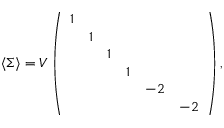
\langle \Sigma \rangle = V \left( \begin{array} { c c c c c c } { { 1 } } & { { } } & { { } } & { { } } & { { } } & { { } } \\ { { } } & { { 1 } } & { { } } & { { } } & { { } } & { { } } \\ { { } } & { { } } & { { 1 } } & { { } } & { { } } & { { } } \\ { { } } & { { } } & { { } } & { { 1 } } & { { } } & { { } } \\ { { } } & { { } } & { { } } & { { } } & { { - 2 } } & { { } } \\ { { } } & { { } } & { { } } & { { } } & { { } } & { { - 2 } } \end{array} \right) ,